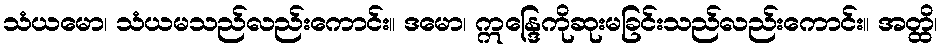
သံယမော၊ သံယမသည်လည်းကောင်း။ ဒမော၊ ဣန္ဒြေကိုဆုးမခြင်းသည်လည်းကောင်း။ အတ္ထိ၊